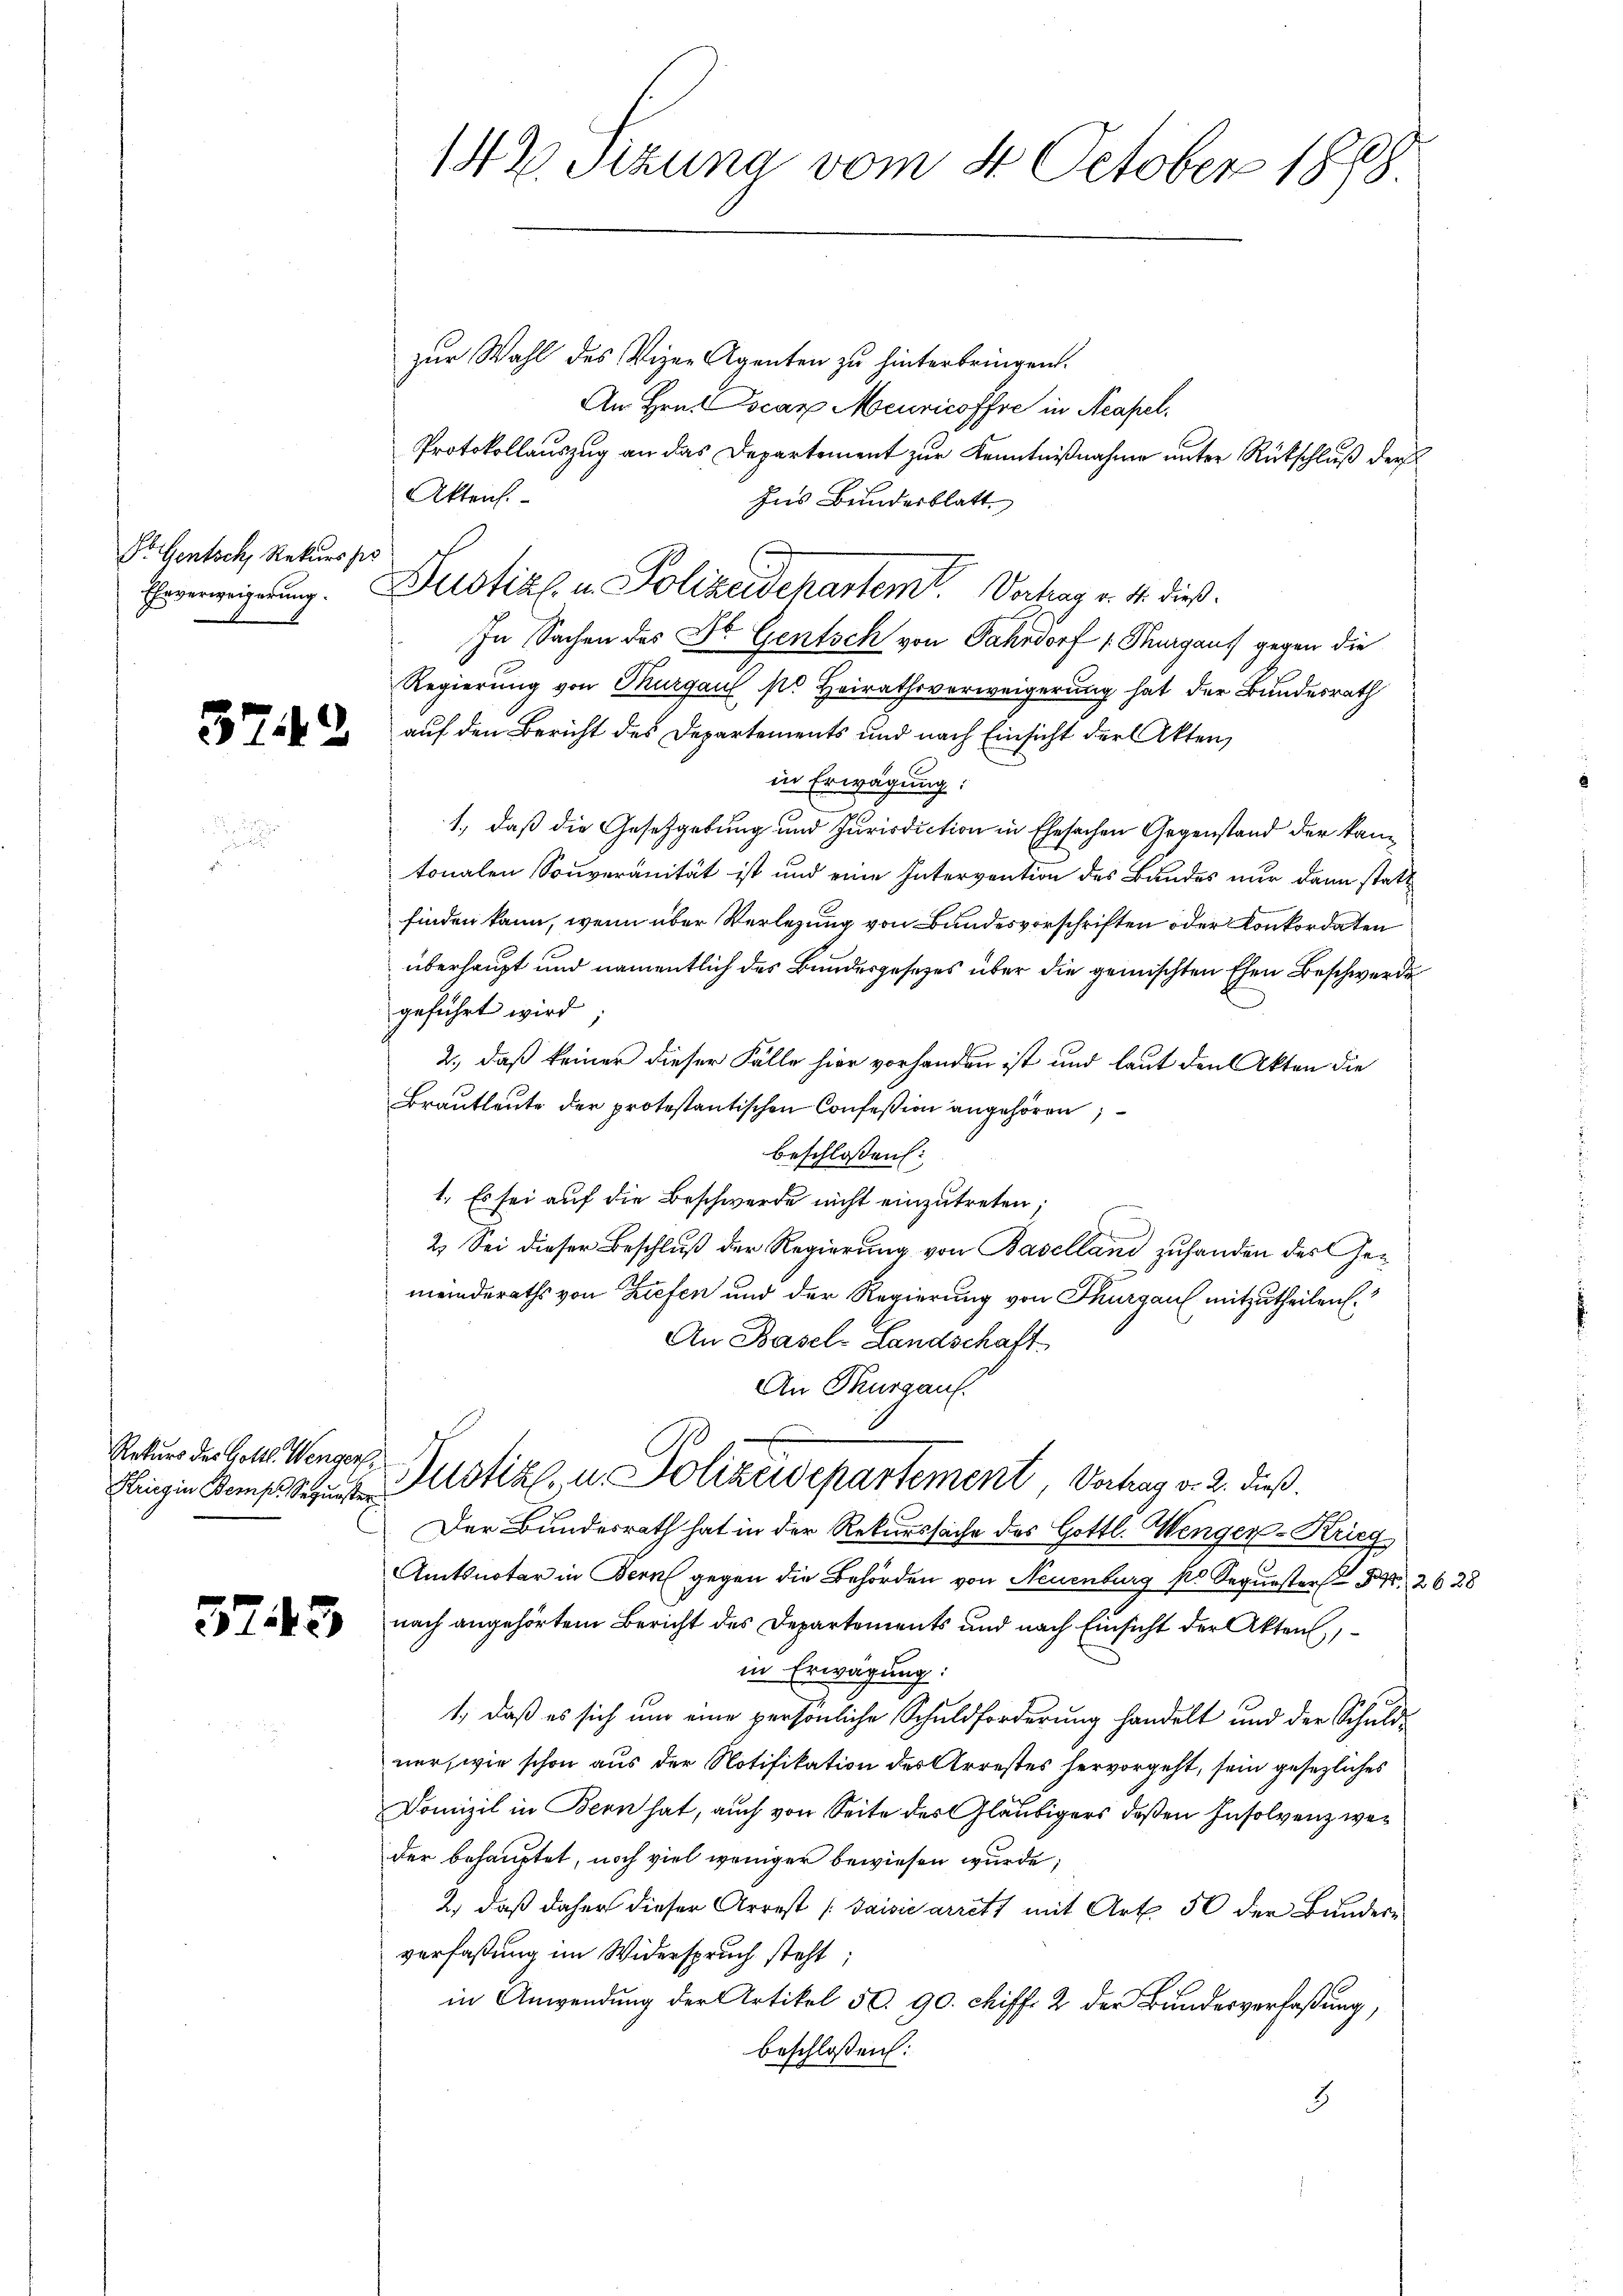
Dr. Gentsch, Rekurs pr
Ehrverweigerung.

3742

Rekurs des Gottl. Wengen

5745

142. Sitzung vom 4. October 1888.

zur Wahl des Vizen Agenten zu hinterbringen.
An Hrn. Locar Meuricoffre in Neapel.
Protokollauszug an das Departement zur Kenntnißnahme unter Rückschluß der
Akten.
Ins Bundesblatt
In Sachen des Dr. Gentsch von Fahrdorf Thurgaus gegen die
Regierung von Thurgau so Heirathsverweigerung hat der Bundesrath
auf den Bericht des Departements und nach Einsicht der Akten,
in Erwägung:
1., daß die Gesetzgebung und Jurisdiction in Ehesachen Gegenstand der kantonalen Souveranität ist und eine Intervention des Bundes nur dann statt
finden kann, wenn über Verlegung von Bundesvorschriften oder Konkordaten
überhaupt und namentlich des Bundesgesetzes über die gemischten Ehen Beschwerde
geführt wird.
2., daß keiner dieser Fälle hier vorhanden ist und laut den Akten die
Brautleute der protestantischen Confeßion angehören
beschlossen:
1. Es sei auf die Beschwerde nicht einzutreten;
2. Sei dieser Beschluß der Regierung von Baselland zuhanden der Gemeinderaths von Tiefen und der Regierung von Thurgau mitzutheilen.
An Basels Landschaft
An Thurgau.
Ebingin Compssus Justiz, u. Polizeidepartement Verhag v. 2. dieß.
Der Bundesrath hat in der Rekurssache des Gottl. Wenger-Krieg
Amtsnotar in Bern gegen die Behörden von Neuenburg ko Sequesterst 84 2
nach angehörtem Bericht des Departements und nach Einsicht der Akten,
in Erwägung:
1., daß es sich um eine persönliche Schuldforderung handelt und der Schuldner, wie schon aus der Notifikation des Arrestes hervorgeht, sein gesezliches
Domizil in Bern hat, auch von Seite des Gläubigers deßen Insolvenz weder behauptet, noch viel weniger bewiesen wurde;
2.) daß daher dieser Arrest (Saisis arrett mit Art. 50 der Bundere
verfaßung im Widerspruch steht;
in Anwendung der Artikel 50. 90. Chiff. 2 der Bundesverfaßung,
beschlossen:
8

Dustiz u. Polizeidepartem Vertrag v. 11. dieß.

3628